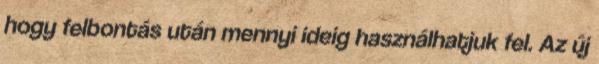
hogy felbontás után mennyi ideig használhatjuk fel. Az új